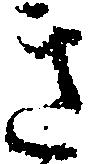
き